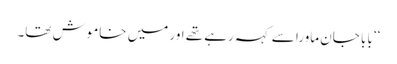
‘‘ بابا جان ماورا سے کہہ رہے تھے اور میں خاموش تھا۔